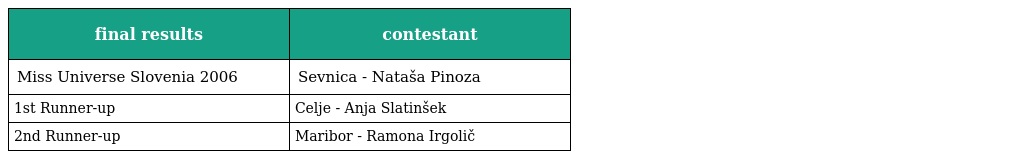
| final results | contestant |
 | --- | --- |
 | Miss Universe Slovenia 2006 | Sevnica - Nataša Pinoza |
 | 1st Runner-up | Celje - Anja Slatinšek |
 | 2nd Runner-up | Maribor - Ramona Irgolič |